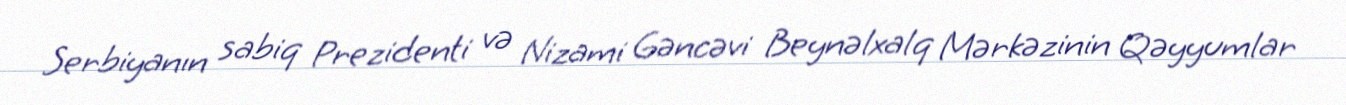
Serbiyanın sabiq Prezidenti və Nizami Gəncəvi Beynəlxalq Mərkəzinin Qəyyumlar